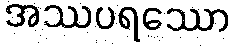
အဿပရဿော